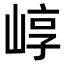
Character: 崞